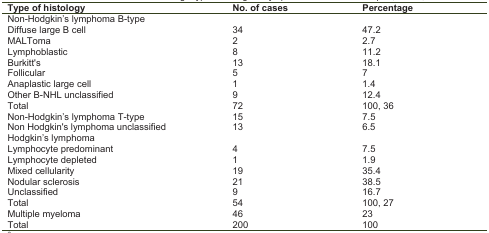
| Type of histology | No. of cases | Percentage |
 | --- | --- | --- |
 | <COLSPAN=3> Non-Hodgkin's lymphoma B-type |
 | Diffuse large B cell | 34 | 47.2 |
 | MALToma | 2 | 2.7 |
 | Lymphoblastic | 8 | 11.2 |
 | Burkitt's | 13 | 18.1 |
 | Follicular | 5 | 7 |
 | Anaplastic large cell | 1 | 1.4 |
 | Other B-NHL unclassified | 9 | 12.4 |
 | Total | 72 | 100, 36 |
 | Non-Hodgkin's lymphoma T-type | 15 | 7.5 |
 | Non Hodgkin's lymphoma unclassified | 13 | 6.5 |
 | <COLSPAN=3> Hodgkin's lymphoma |
 | Lymphocyte predominant | 4 | 7.5 |
 | Lymphocyte depleted | 1 | 1.9 |
 | Mixed cellularity | 19 | 35.4 |
 | Nodular sclerosis | 21 | 38.5 |
 | Unclassified | 9 | 16.7 |
 | Total | 54 | 100, 27 |
 | Multiple myeloma | 46 | 23 |
 | Total | 200 | 100 |